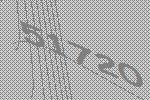
51720